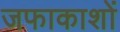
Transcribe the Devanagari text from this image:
जफाकाशों